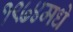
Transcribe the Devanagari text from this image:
१९७४मधे